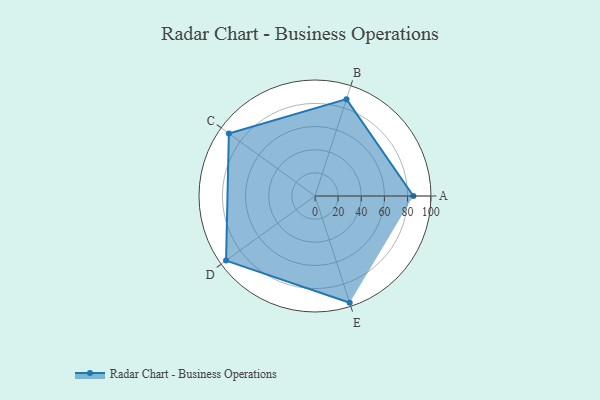
{"axis": {"x": "Skill", "y": "Score"}, "legend": ["Profile"], "data": [{"x": "A", "y": 85.0, "type": "Profile"}, {"x": "B", "y": 88.0, "type": "Profile"}, {"x": "C", "y": 92.0, "type": "Profile"}, {"x": "D", "y": 95.0, "type": "Profile"}, {"x": "E", "y": 97.0, "type": "Profile"}]}